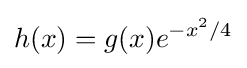
h(x)=g(x)e^{-x^{2}/4}